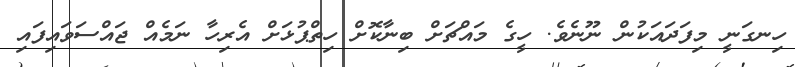
ހިނގަނީ މިފަދައަކުން ނޫނެވެ. ހީގެ މައްޗަށް ބިނާކޮށް ހިތްޕުޅަށް އެރިހާ ނަމެއް ޖައްސަވައިފައި